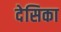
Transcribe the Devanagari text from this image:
देसिका